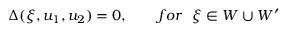
\Delta ( \xi , u _ { 1 } , u _ { 2 } ) = 0 , \qquad f o r ~ ~ \xi \in W \cup W ^ { \prime }